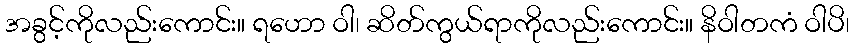
အခွင့်ကိုလည်းကောင်း။ ရဟော ဝါ၊ ဆိတ်ကွယ်ရာကိုလည်းကောင်း။ နိဝါတကံ ဝါပိ၊